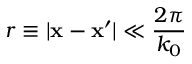
r \equiv | \mathbf { x } - \mathbf { x } ^ { \prime } | \ll \frac { 2 \pi } { k _ { 0 } }